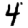
Digit: 4